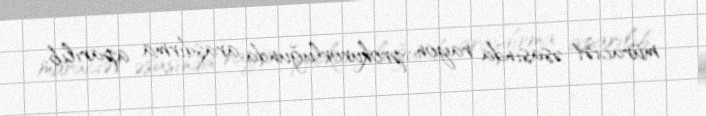
müraciət əsasında rayon prokurorluğunda araşdırma aparılıb.